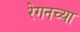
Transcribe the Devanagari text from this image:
रेगनच्या